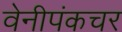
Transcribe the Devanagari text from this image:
वेनीपंकचर